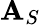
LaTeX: \mathbf{A}_{S}